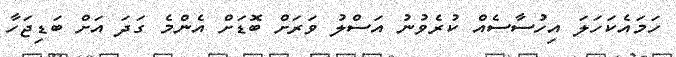
ހަމައެކަހަލަ އިހުސާސެއް ކުރެވުނު އަސްލު ވަރަށް ބޮޑަށް އެންމެ ގަދަ އަށް ބަޑިޖަހާ